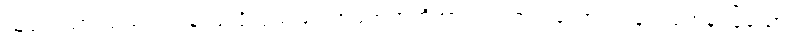
သူဌေးသားသည် ရဟန်းပြုလိုလှသဖြင့် အမိအဘတို့အား မရ အရ တောင်းပန်၍ ရဟန်းပြုသော်